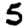
Digit: 5